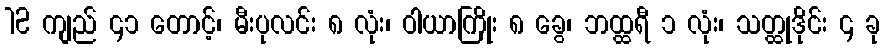
12 ကျည် ၄၁ တောင့်၊ မီးပုလင်း ၈ လုံး၊ ဝါယာကြိုး ၈ ခွေ၊ ဘထ္ထရီ ၁ လုံး၊ သတ္ထုဒိုင်း ၄ ခု